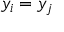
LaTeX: y _ { i } = y _ { j }